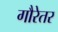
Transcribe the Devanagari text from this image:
गौरेतर